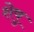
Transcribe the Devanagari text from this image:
शेषु